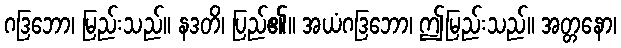
ဂဒြဘော၊ မြည်းသည်။ နဒတိ၊ ပြည်၏။ အယံဂဒြဘော၊ ဤမြည်းသည်။ အတ္တနော၊